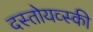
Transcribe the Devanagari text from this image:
दस्तोयव्स्की